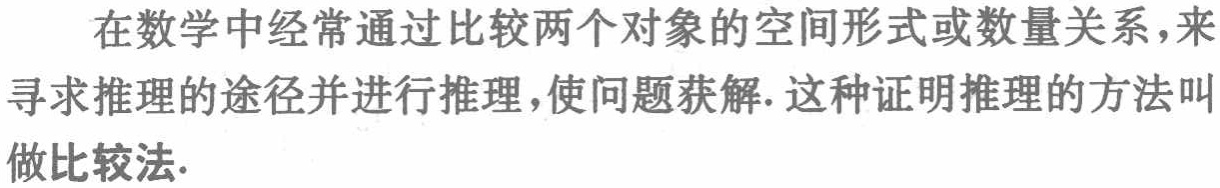
在数学中经常通过比较两个对象的空间形式或数量关系，来寻求推理的途径并进行推理，使问题获解. 这种证明推理的方法叫做比较法.